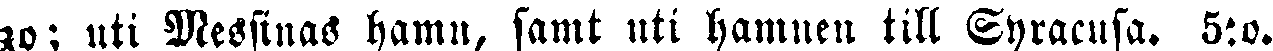
zo: uti Messinas hamn, samt uti hamnen till Syracusa. 5:o.